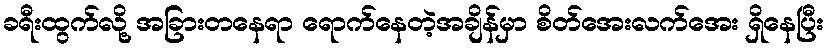
ခရီးထွက်လို့ အခြားတနေရာ ရောက်နေတဲ့အချိန်မှာ စိတ်အေးလက်အေး ရှိနေပြီး